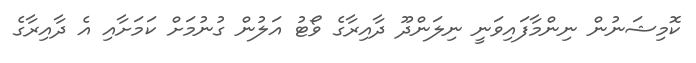
ކޮމިޝަނުން ނިންމާފައިވަނީ ނިލަންދޫ ދާއިރާގެ ވޯޓު އަލުން ގުނުމަށް ކަމަށާއި އެ ދާއިރާގެ